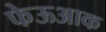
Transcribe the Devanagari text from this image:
फेऊआक